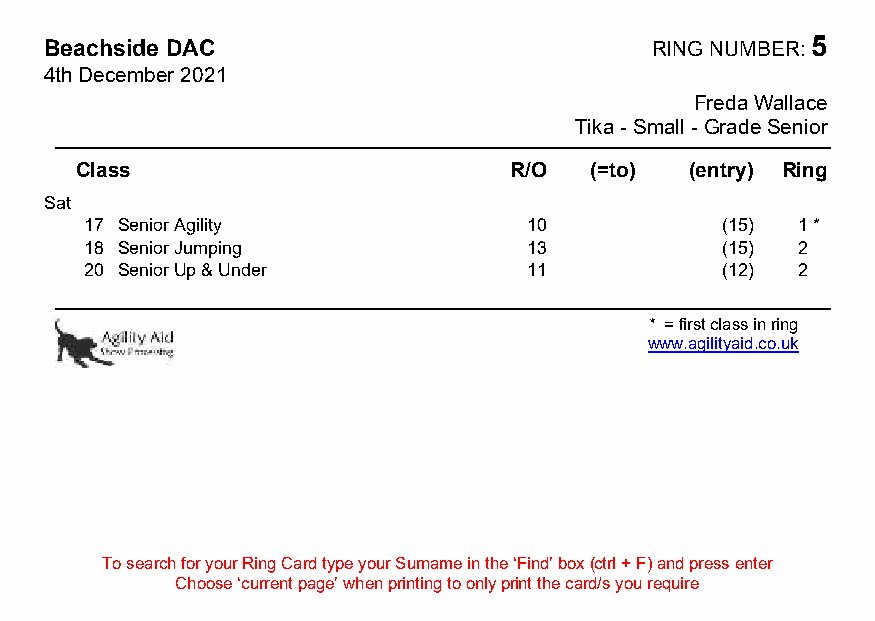
Beachside DAC                           RING NUMBER: 5
 4th December 2021
 Freda Wallace
 Tika - Small - Grade Senior
 Class                        R/O  (=to)  (entry) Ring
 Sat
 17 Senior Agility            10           (15) 1 *
 18 Senior Jumping            13           (15) 2
 20 Senior Up & Under         11           (12) 2
 * = first class in ring
 www.agilityaid.co.uk
 To search for your Ring Card type your Surname in the ‘Find’ box (ctrl + F) and press enter
 Choose ‘current page’ when printing to only print the card/s you require